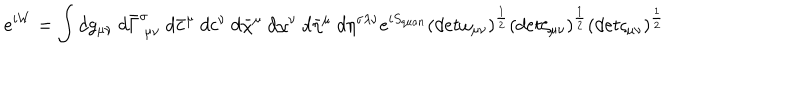
e ^ { i W } = \int d g _ { \mu \nu } ~ d \bar { \Gamma } _ { ~ \mu \nu } ^ { \sigma } ~ d \bar { c } ^ { \mu } ~ d c ^ { \nu } ~ d \bar { \chi } ^ { \mu } ~ d \chi ^ { \nu } ~ d \bar { \eta } ^ { \mu } ~ d \eta ^ { \sigma \lambda \nu } e ^ { i S _ { q u a n } } \left( d e t \omega _ { \mu \nu } \right) ^ { \frac { 1 } { 2 } } \left( d e t \zeta _ { \mu \nu } \right) ^ { \frac { 1 } { 2 } } \left( d e t \varsigma _ { \mu \nu } \right) ^ { \frac { 1 } { 2 } }